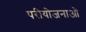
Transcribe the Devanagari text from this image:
परीयोजनाओ